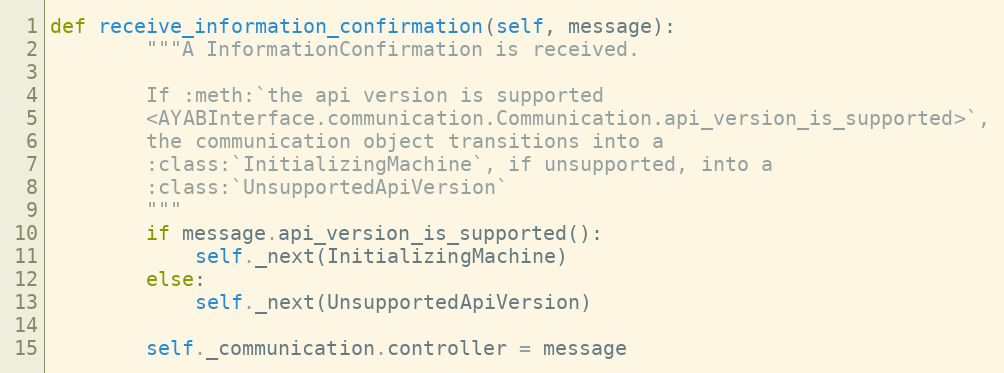
Language: Python
def receive_information_confirmation(self, message):
        """A InformationConfirmation is received.

        If :meth:`the api version is supported
        <AYABInterface.communication.Communication.api_version_is_supported>`,
        the communication object transitions into a
        :class:`InitializingMachine`, if unsupported, into a
        :class:`UnsupportedApiVersion`
        """
        if message.api_version_is_supported():
            self._next(InitializingMachine)
        else:
            self._next(UnsupportedApiVersion)

        self._communication.controller = message